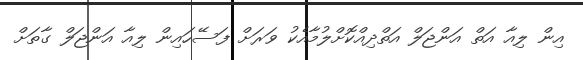
އިން ލިއާ އަތް އަންޖަލް އަތްދިއްކޮށްލުމާއެކު ވަރަށް ފަސޭހައިން ލިއާ އަންޖަލް ގާތަށް